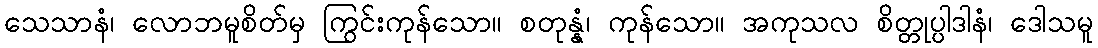
သေသာနံ၊ လောဘမူစိတ်မှ ကြွင်းကုန်သော။ စတုန္နံ၊ ကုန်သော။ အကုသလ စိတ္တုပ္ပါဒါနံ၊ ဒေါသမူ